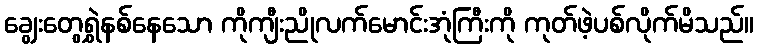
ချွေးတွေရွှဲနစ်နေသော ကိုကျီးညိုလက်မောင်းအုံကြီးကို ကုတ်ဖဲ့ပစ်လိုက်မိသည်။